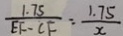
\frac { 1 \cdot 7 5 } { E F - C F } = \frac { 1 . 7 5 } { x }